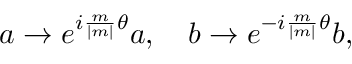
a \rightarrow e ^ { i { \frac { m } { \mid m \mid } } \theta } a , ~ ~ ~ b \rightarrow e ^ { - i { \frac { m } { \mid m \mid } } \theta } b ,